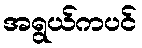
အရွယ်ကပင်